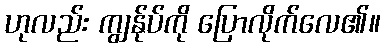
ဟုလည်း ကျွန်ုပ်ကို ပြောလိုက်လေ၏။